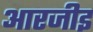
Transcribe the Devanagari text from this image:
आरजीइ